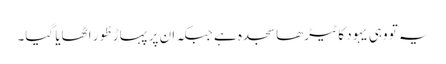
یہ تو وہی یہود کا ٹیڑھا سجدہ ہے جبکہ ان پر پہاڑِ طُور اٹھایا گیا۔